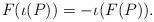
LaTeX: \begin{align*} F(\iota(P)) = -\iota(F(P)).\end{align*}